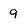
Character: 9